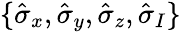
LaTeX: \{ \hat{\sigma}_{x},\hat{\sigma}_{y},\hat{\sigma}_{z},\hat{\sigma}_{I}\}